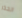
الحذر